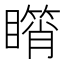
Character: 𥋘